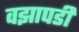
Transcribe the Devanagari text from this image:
वझापडी